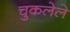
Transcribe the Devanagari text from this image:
चुकलेले